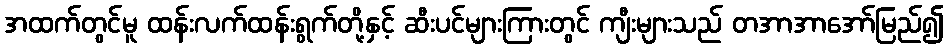
အထက်တွင်မူ ထန်းလက်ထန်းရွက်တို့နှင့် ဆီးပင်များကြားတွင် ကျီးများသည် တအာအာအော်မြည်၍